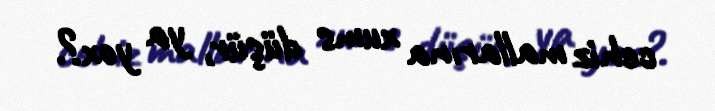
cehiz mallarına xums düşür, ya yox?.